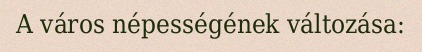
A város népességének változása: